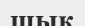
шық